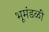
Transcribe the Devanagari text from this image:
भूमंडळीं